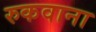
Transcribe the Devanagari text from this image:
रुकवाना